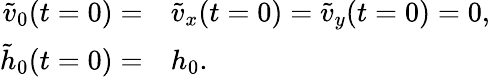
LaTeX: \begin{array}{rl}{\tilde{v}_{0}(t=0)=}&{{}\tilde{v}_{x}(t=0)=\tilde{v}_{y}(t=0)=0,}\\ {\tilde{h}_{0}(t=0)=}&{{}h_{0}.}\end{array}